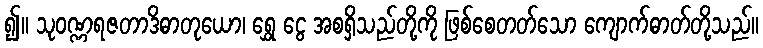
၍။ သုဝဏ္ဏရဇတာဒိဓာတုယော၊ ရွှေ ငွေ အစရှိသည်တို့ကို ဖြစ်စေတတ်သော ကျောက်ဓာတ်တို့သည်။